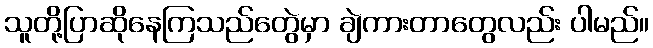
သူတို့ပြာဆိုနေကြသည်တွေဲမှာ ချဲကားတာတွေလည်း ပါမည်။